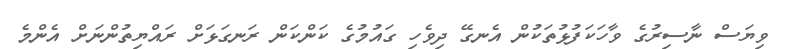
ވިޔަސް ނާސިރުގެ ވާހަކަފުޅުތަކުން އެނގޭ ދިވެހި ގައުމުގެ ކަންކަން ރަނގަޅަށް ރައްޔިތުންނަށް އެންމެ